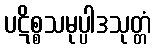
ပဋိစ္စသမုပ္ပါဒသုတ္တံ